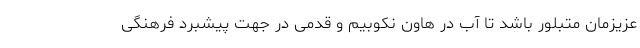
عزیزمان متبلور باشد تا آب در هاون نکوبیم و قدمی در جهت پیشبرد فرهنگی